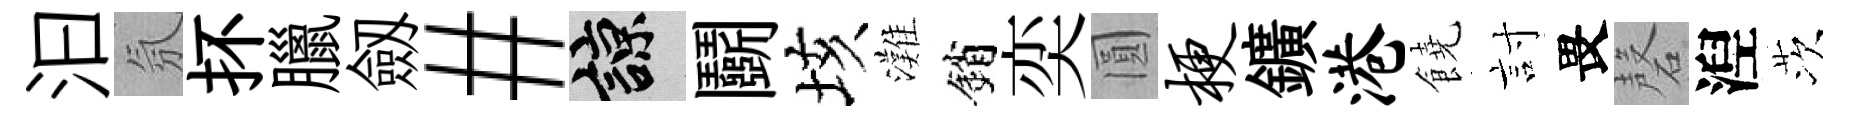
汩氛抔臘劔#諒鬬垓灘銷奕圓梗鑛港饒討畏磬湼茨